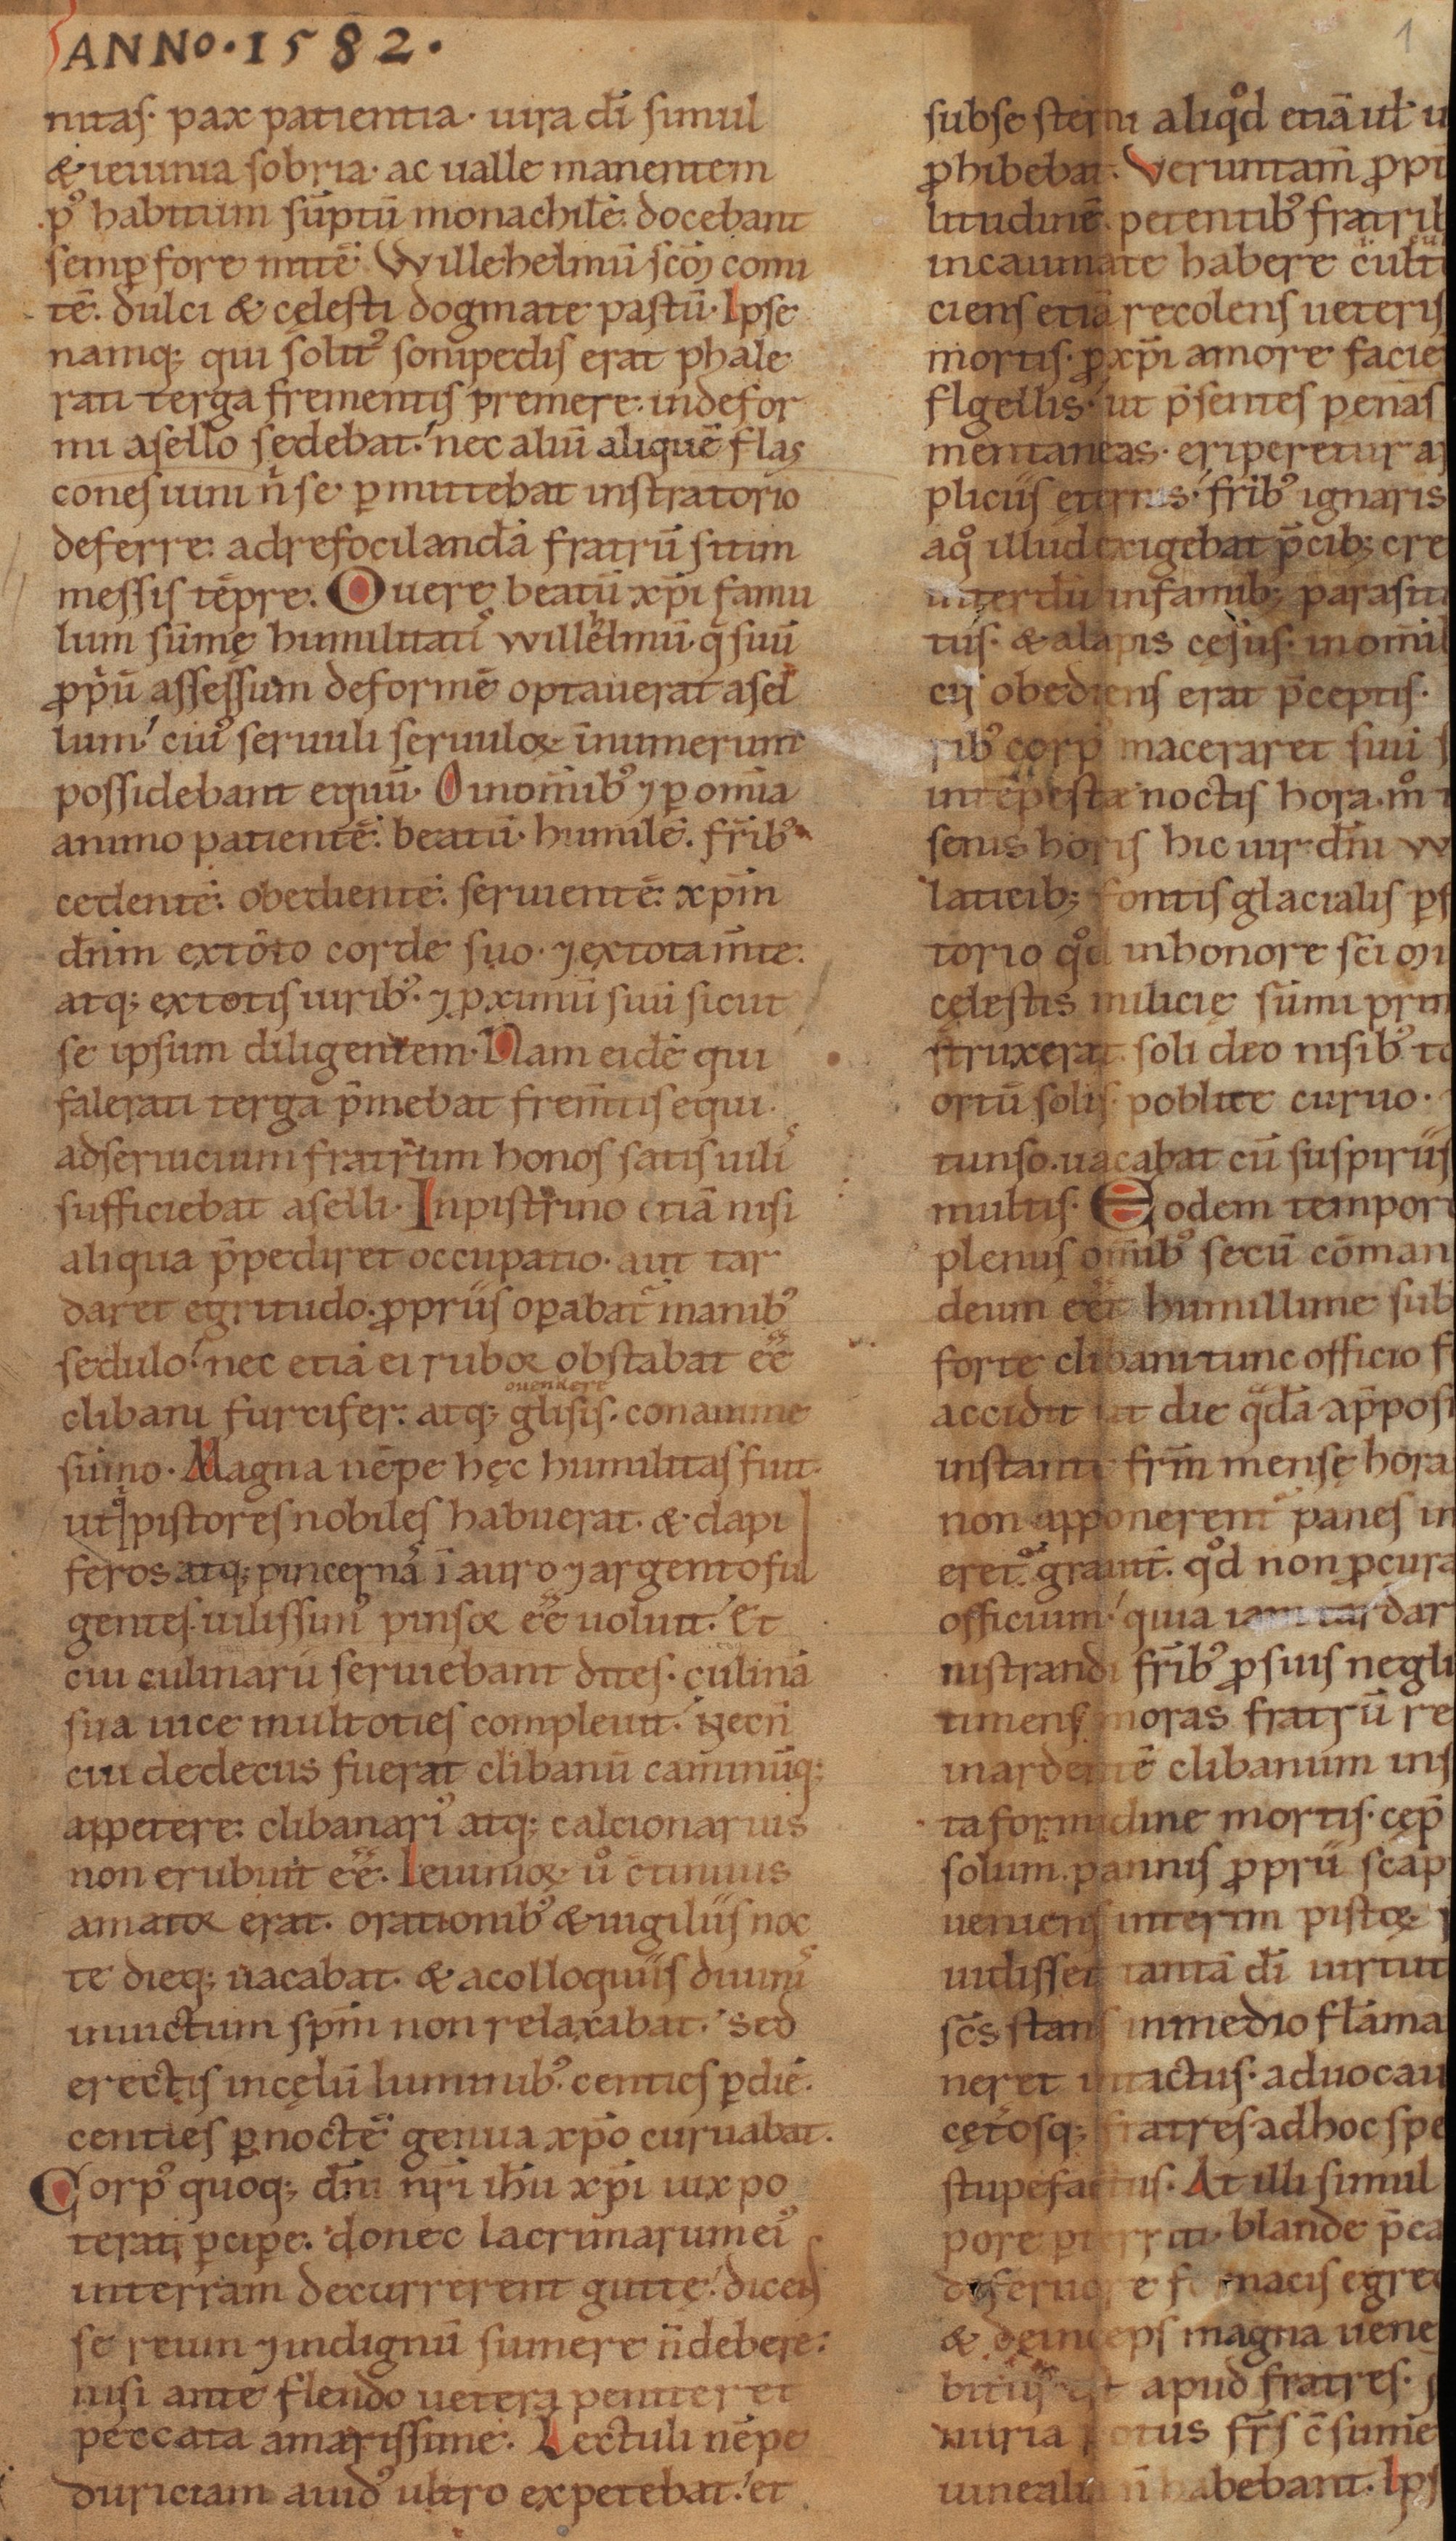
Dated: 1140–1170